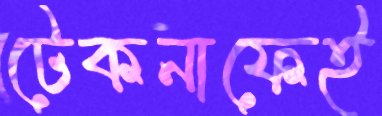
টেকনাফেই